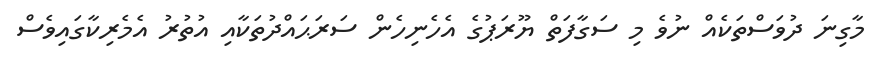
މާގިނަ ދުވަސްތަކެއް ނުވެ މި ސަގާފަތް ޔޫރަޕުގެ އެހެނިހެން ސަރަޙައްދުތަކާއި އުތުރު އެމެރިކާގައިވެސް